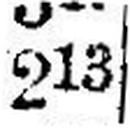
213